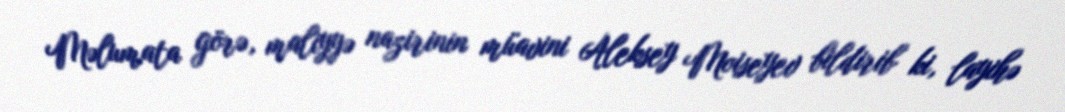
Məlumata görə, maliyyə nazirinin müavini Aleksey Moiseyev bildirib ki, layihə